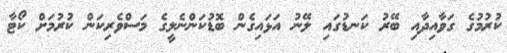
ކުރުމުގެ ގަވާއިދާއި ބޭރު ކަނޑުގައި ލޭނު އަޅައިގެން ބޮޑުކަންނެލީގެ މަސްވެރިކަން ކުރުމަށް ކޯޓާ